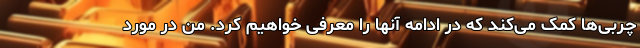
چربی‌ها کمک می‌کند که در ادامه آنها را معرفی خواهیم کرد. من در مورد